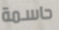
حاسمة